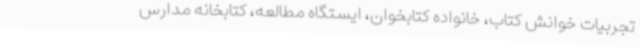
تجربیات خوانش کتاب، خانواده کتابخوان، ایستگاه مطالعه، کتابخانه مدارس